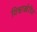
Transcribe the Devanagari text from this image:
विश्वाखेरीज